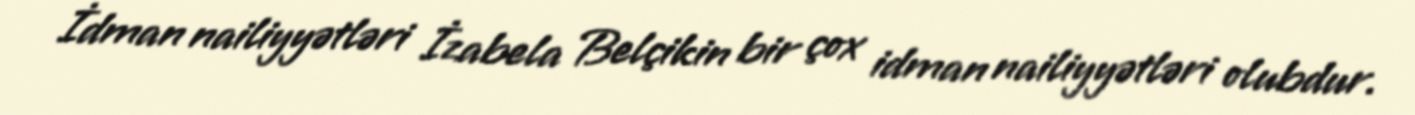
İdman nailiyyətləri İzabela Belçikin bir çox idman nailiyyətləri olubdur.